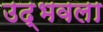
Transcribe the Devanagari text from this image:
उद्‍भवला